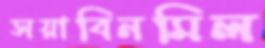
সয়াবিনমিল